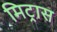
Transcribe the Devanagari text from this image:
मिट्रास